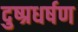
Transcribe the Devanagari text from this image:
दुष्प्रधर्षण